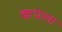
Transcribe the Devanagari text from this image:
कपेला